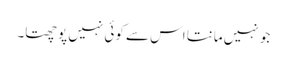
جو نہیں مانتا اس سے کوئی نہیں پوچھتا۔